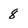
Character: 8